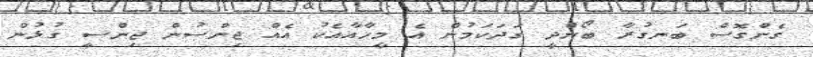
ގެންގޮސް ބަނގުރާ ބޯންދީ ގަދަކަމުން އެ މީހާއާއެކު އެއް ޖިންސުން ޖިންސީ ގުޅުން